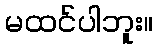
မထင်ပါဘူး။